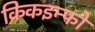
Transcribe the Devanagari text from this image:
क्रिकइन्फो